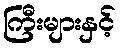
ကြီးများနှင့်